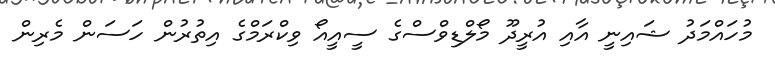
މުހައްމަދު ޝައިނީ އާއި އުރީދޫ މޯލްޑިވްސްގެ ސީއީއޯ ވިކްރަމްގެ އިތުރުން ހަސަން މެރިން